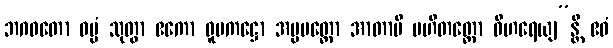
ဘဂဝတော ဓမ္မံ သုတွာ ဧကော ဝူပကဋ္ဌော အပ္ပမတ္တော အာတာပီ ပဟိတတ္တော ဝိဟရေယျ”န္တိ ဧဝံ